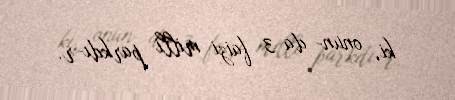
ki, onun­ da 3 faizi milli parkdı­r.